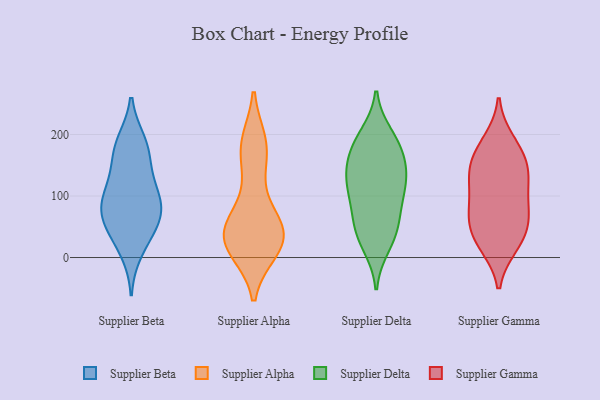
{"axis": {"x": "Conversion Rate (%)", "y": "Value"}, "legend": ["Supplier Alpha", "Supplier Beta", "Supplier Delta", "Supplier Gamma"], "data": [{"x": "", "y": 93, "type": "Supplier Beta"}, {"x": "", "y": 88, "type": "Supplier Beta"}, {"x": "", "y": 47, "type": "Supplier Beta"}, {"x": "", "y": 188, "type": "Supplier Beta"}, {"x": "", "y": 44, "type": "Supplier Beta"}, {"x": "", "y": 81, "type": "Supplier Beta"}, {"x": "", "y": 143, "type": "Supplier Beta"}, {"x": "", "y": 88, "type": "Supplier Beta"}, {"x": "", "y": 168, "type": "Supplier Beta"}, {"x": "", "y": 184, "type": "Supplier Beta"}, {"x": "", "y": 10, "type": "Supplier Beta"}, {"x": "", "y": 117, "type": "Supplier Beta"}, {"x": "", "y": 58, "type": "Supplier Beta"}, {"x": "", "y": 42, "type": "Supplier Alpha"}, {"x": "", "y": 14, "type": "Supplier Alpha"}, {"x": "", "y": 164, "type": "Supplier Alpha"}, {"x": "", "y": 186, "type": "Supplier Alpha"}, {"x": "", "y": 40, "type": "Supplier Alpha"}, {"x": "", "y": 187, "type": "Supplier Alpha"}, {"x": "", "y": 15, "type": "Supplier Alpha"}, {"x": "", "y": 12, "type": "Supplier Alpha"}, {"x": "", "y": 17, "type": "Supplier Alpha"}, {"x": "", "y": 57, "type": "Supplier Alpha"}, {"x": "", "y": 54, "type": "Supplier Alpha"}, {"x": "", "y": 124, "type": "Supplier Alpha"}, {"x": "", "y": 34, "type": "Supplier Alpha"}, {"x": "", "y": 66, "type": "Supplier Alpha"}, {"x": "", "y": 38, "type": "Supplier Alpha"}, {"x": "", "y": 183, "type": "Supplier Alpha"}, {"x": "", "y": 31, "type": "Supplier Delta"}, {"x": "", "y": 129, "type": "Supplier Delta"}, {"x": "", "y": 68, "type": "Supplier Delta"}, {"x": "", "y": 136, "type": "Supplier Delta"}, {"x": "", "y": 95, "type": "Supplier Delta"}, {"x": "", "y": 109, "type": "Supplier Delta"}, {"x": "", "y": 154, "type": "Supplier Delta"}, {"x": "", "y": 137, "type": "Supplier Delta"}, {"x": "", "y": 199, "type": "Supplier Delta"}, {"x": "", "y": 46, "type": "Supplier Delta"}, {"x": "", "y": 175, "type": "Supplier Delta"}, {"x": "", "y": 192, "type": "Supplier Delta"}, {"x": "", "y": 54, "type": "Supplier Delta"}, {"x": "", "y": 19, "type": "Supplier Delta"}, {"x": "", "y": 108, "type": "Supplier Delta"}, {"x": "", "y": 178, "type": "Supplier Delta"}, {"x": "", "y": 189, "type": "Supplier Gamma"}, {"x": "", "y": 27, "type": "Supplier Gamma"}, {"x": "", "y": 119, "type": "Supplier Gamma"}, {"x": "", "y": 67, "type": "Supplier Gamma"}, {"x": "", "y": 135, "type": "Supplier Gamma"}, {"x": "", "y": 25, "type": "Supplier Gamma"}, {"x": "", "y": 146, "type": "Supplier Gamma"}, {"x": "", "y": 20, "type": "Supplier Gamma"}, {"x": "", "y": 101, "type": "Supplier Gamma"}, {"x": "", "y": 162, "type": "Supplier Gamma"}, {"x": "", "y": 76, "type": "Supplier Gamma"}, {"x": "", "y": 138, "type": "Supplier Gamma"}, {"x": "", "y": 179, "type": "Supplier Gamma"}, {"x": "", "y": 65, "type": "Supplier Gamma"}, {"x": "", "y": 58, "type": "Supplier Gamma"}]}